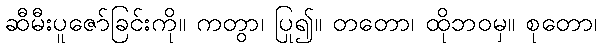
ဆီမီးပူဇော်ခြင်းကို။ ကတွာ၊ ပြု၍။ တတော၊ ထိုဘဝမှ။ စုတော၊